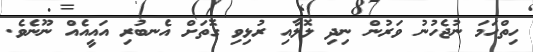
ހިތްހަމަ ނުޖެހުނު ވަރުން ނިދި ލޮލާއި ރުޅިވި ގޮތަށް އެނބުރި އައީއެއް ނޫނެވެ.